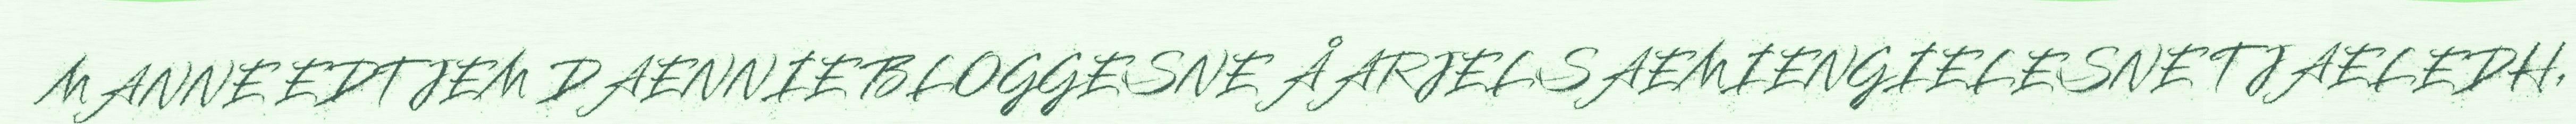
MANNE EDTJEM DAENNIE BLOGGESNE ÅARJELSAEMIENGIELESNE TJAELEDH,